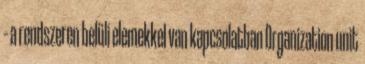
– a rendszeren belüli elemekkel van kapcsolatban Organization unit